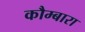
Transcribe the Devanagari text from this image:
कौम्बारा